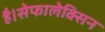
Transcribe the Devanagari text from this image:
है।सेफालेक्सिन